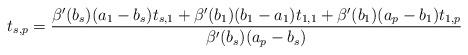
LaTeX: \begin{align*}t_{s,p}=\frac{\beta'(b_s)({a_1}-{b_s})t_{s,1}+{\beta'(b_1)}({b_1}-{a_1})t_{1,1}+\beta'(b_1)({a_p}-{b_1})t_{1,p}}{{\beta'(b_s)}({a_p}-{b_s})}\end{align*}